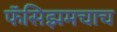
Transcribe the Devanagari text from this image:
फॅसिझमचाच